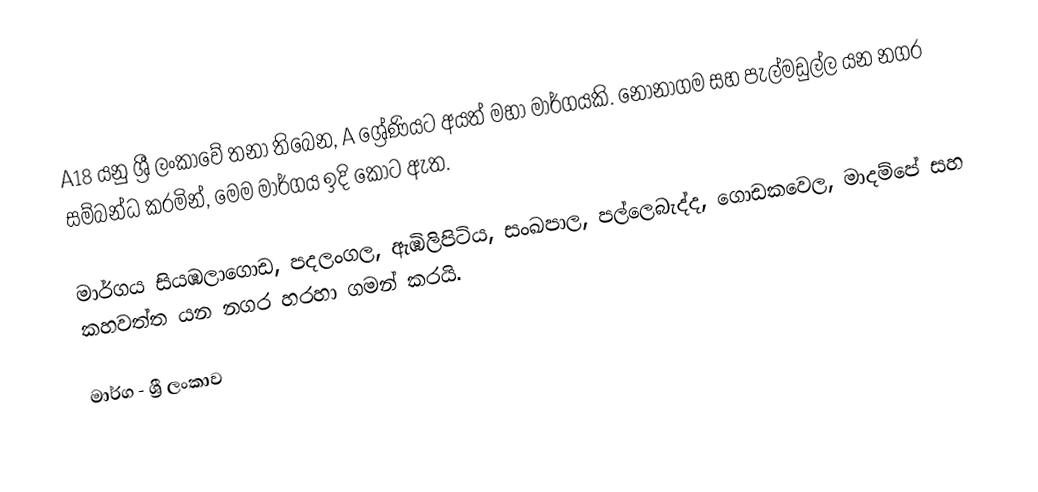
A18 යනු ශ්‍රී ලංකාවේ තනා තිබෙන, A ශ්‍රේණියට අයත් මහා මාර්ගයකි. නෝනාගම සහ පැල්මඩුල්ල යන නගර සම්බන්ධ කරමින්, මෙම මාර්ගය ඉදි කොට ඇත.

මාර්ගය සියඹලාගොඩ, පදලංගල, ඇඹිලිපිටිය, සංඛපාල, පල්ලෙබැද්ද, ගොඩකවෙල, මාදම්පේ සහ කහවත්ත යන නගර හරහා ගමන් කරයි.

මාර්ග - ශ්‍රී ලංකාව